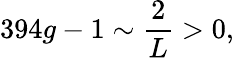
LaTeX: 394g-1\sim\frac{2}{L}>0,